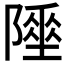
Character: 𨼦